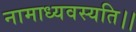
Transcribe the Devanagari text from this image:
नामाध्यवस्यति।।